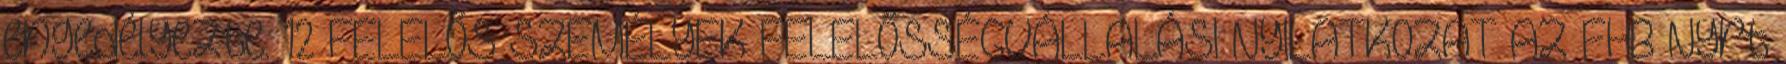
engedélyezte. 12 FELELŐS SZEMÉLYEK FELELŐSSÉGVÁLLALÁSI NYILATKOZAT Az FHB Nyrt